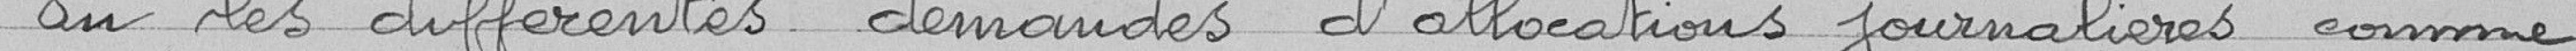
Vu les différentes demandes d'allocations journalières comme